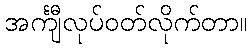
အင်္ကျီလုပ်ဝတ်လိုက်တာ။